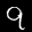
Label: 9